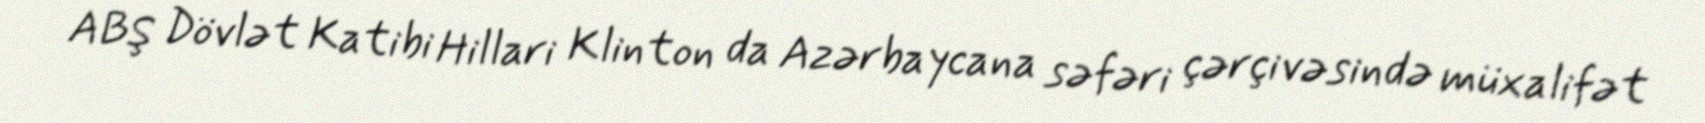
ABŞ Dövlət Katibi Hillari Klinton da Azərbaycana səfəri çərçivəsində müxalifət